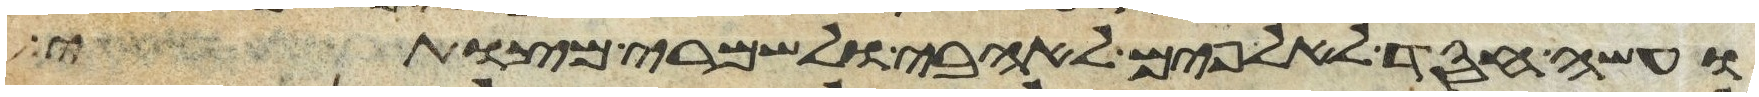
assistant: ועשה חסד לאלפים לאהבי ולשמרי מצותי